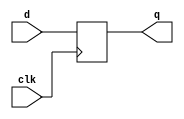
//-----------------------------------------------------------------------------
//
// Title       : dffModule
// Design      : dffDesign
// Company     : Indian Institute of Technology Guwahati
//
//-----------------------------------------------------------------------------
//
// Generated   : Tue Sep  6 11:07:24 2022
// From        : interface description file
// By          : Itf2Vhdl ver. 1.22
//
//-----------------------------------------------------------------------------
//
// Description :   Rising edge D Flip-Flop for practice
//
//-----------------------------------------------------------------------------
`timescale 1 ns / 1 ps

//{{ Section below this comment is automatically maintained
//   and may be overwritten
//{module {dffModule}}
module dffModule ( q ,d ,clk );	 
	

input wire d, clk;
output reg q ;

//Functional definition
always @ (posedge clk) begin  // anytime the clock changes, in this case on the positive edgse
	q <= d; // non-blocking (parallel execution)
end	

endmodule